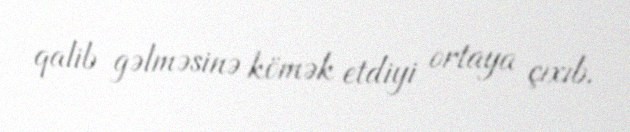
qalib gəlməsinə kömək etdiyi ortaya çıxıb.